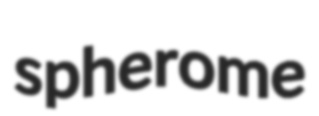
spherome